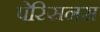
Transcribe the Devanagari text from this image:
पेस्सिनस